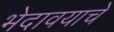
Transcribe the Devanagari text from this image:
भेदावयाचे